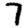
Digit: 7